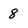
Character: 8